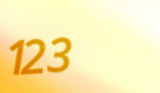
123